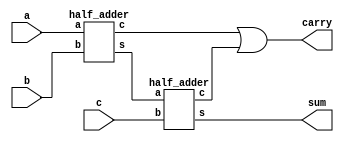
module full_adder(a,b,c,sum,carry);
input a,b,c;
output sum,carry;
wire x,y,z;
half_adder h1(a,b,x,y);
half_adder h2(x,c,sum,z);
or(carry,y,z);
endmodule

module half_adder(a,b,s,c);
input a,b;
output s,c;
xor (s,a,b);
and(c,a,b);
endmodule